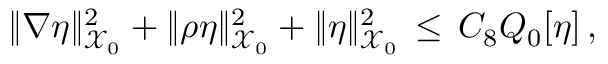
\| \nabla \eta \| _ { \mathcal { X } _ { 0 } } ^ { 2 } + \| \rho \eta \| _ { \mathcal { X } _ { 0 } } ^ { 2 } + \| \eta \| _ { \mathcal { X } _ { 0 } } ^ { 2 } \, \le \, C _ { 8 } Q _ { 0 } [ \eta ] \, ,